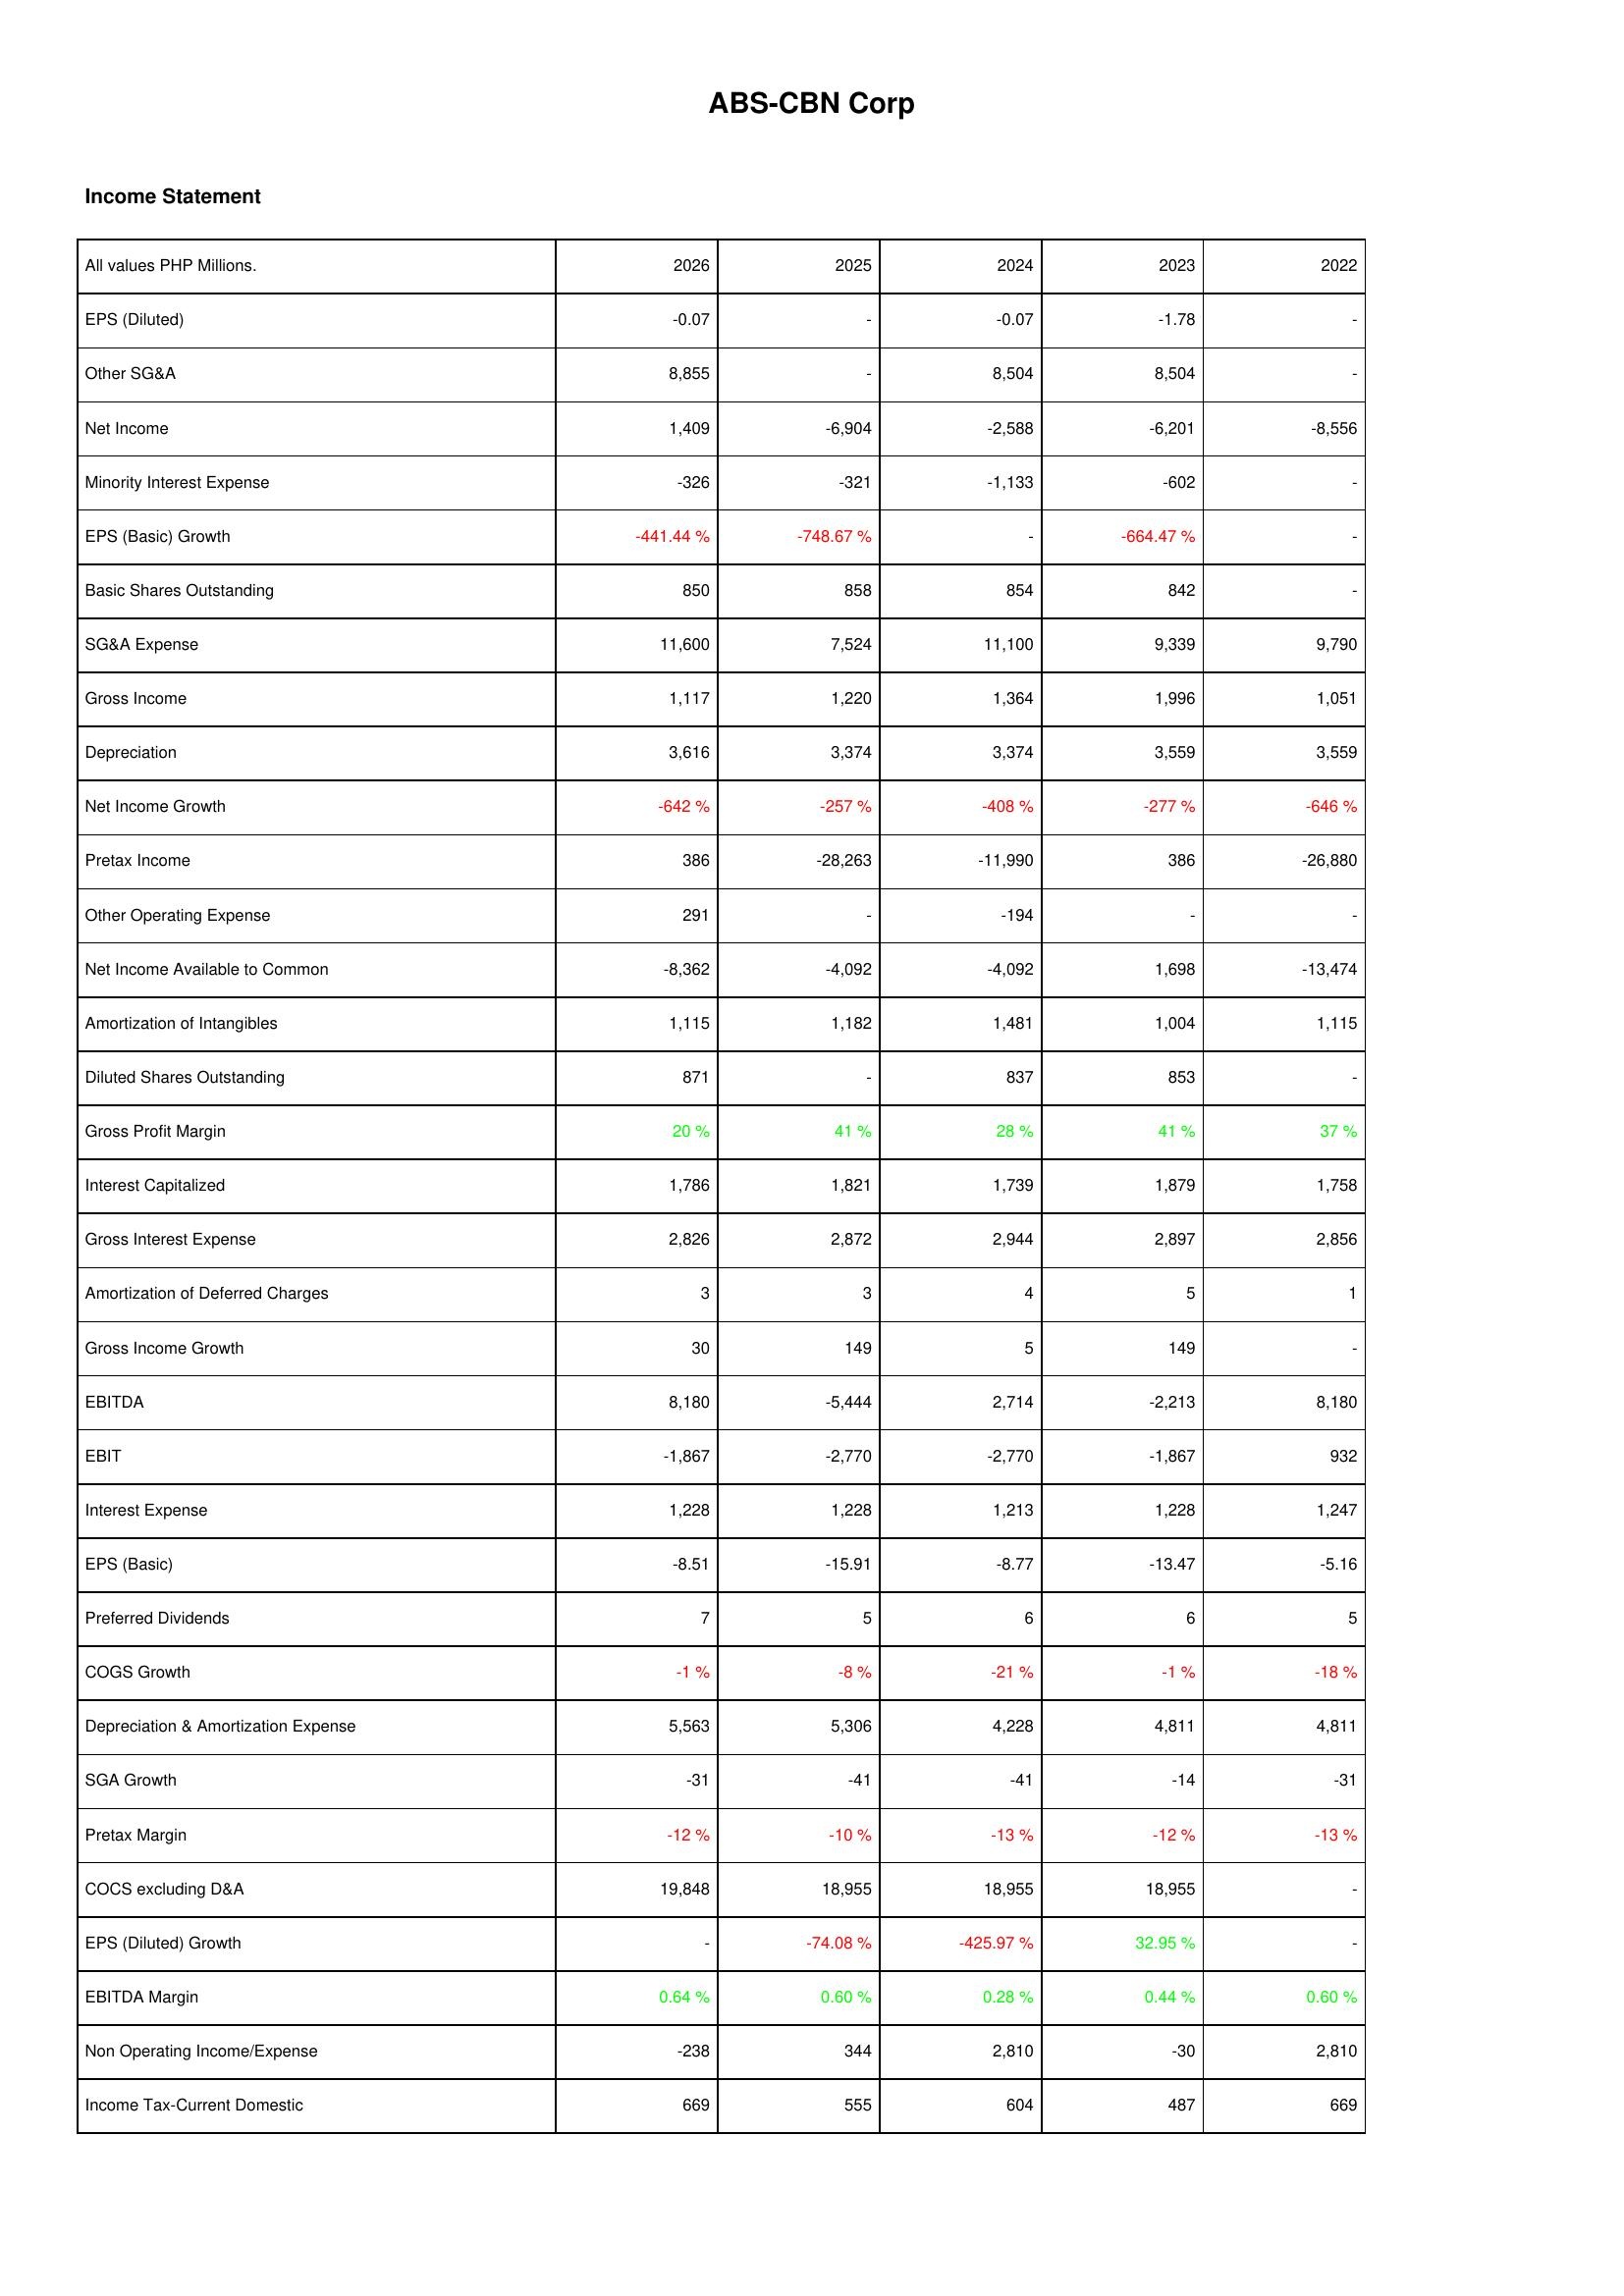
2026: Income Statement: EPS (Diluted): -0.07
Other SG&A: 8,855
Net Income: 1,409
Minority Interest Expense: -326
EPS (Basic) Growth: -441.44 %
Basic Shares Outstanding: 850
SG&A Expense: 11,600
Gross Income: 1,117
Depreciation: 3,616
Net Income Growth: -642 %
Pretax Income: 386
Other Operating Expense: 291
Net Income Available to Common: -8,362
Amortization of Intangibles: 1,115
Diluted Shares Outstanding: 871
Gross Profit Margin: 20 %
Interest Capitalized: 1,786
Gross Interest Expense: 2,826
Amortization of Deferred Charges: 3
Gross Income Growth: 30
EBITDA: 8,180
EBIT: -1,867
Interest Expense: 1,228
EPS (Basic): -8.51
Preferred Dividends: 7
COGS Growth: -1 %
Depreciation & Amortization Expense: 5,563
SGA Growth: -31
Pretax Margin: -12 %
COCS excluding D&A: 19,848
EPS (Diluted) Growth: -
EBITDA Margin: 0.64 %
Non Operating Income/Expense: -238
Income Tax-Current Domestic: 669
2025: Income Statement: EPS (Diluted): -
Other SG&A: -
Net Income: -6,904
Minority Interest Expense: -321
EPS (Basic) Growth: -748.67 %
Basic Shares Outstanding: 858
SG&A Expense: 7,524
Gross Income: 1,220
Depreciation: 3,374
Net Income Growth: -257 %
Pretax Income: -28,263
Other Operating Expense: -
Net Income Available to Common: -4,092
Amortization of Intangibles: 1,182
Diluted Shares Outstanding: -
Gross Profit Margin: 41 %
Interest Capitalized: 1,821
Gross Interest Expense: 2,872
Amortization of Deferred Charges: 3
Gross Income Growth: 149
EBITDA: -5,444
EBIT: -2,770
Interest Expense: 1,228
EPS (Basic): -15.91
Preferred Dividends: 5
COGS Growth: -8 %
Depreciation & Amortization Expense: 5,306
SGA Growth: -41
Pretax Margin: -10 %
COCS excluding D&A: 18,955
EPS (Diluted) Growth: -74.08 %
EBITDA Margin: 0.60 %
Non Operating Income/Expense: 344
Income Tax-Current Domestic: 555
2024: Income Statement: EPS (Diluted): -0.07
Other SG&A: 8,504
Net Income: -2,588
Minority Interest Expense: -1,133
EPS (Basic) Growth: -
Basic Shares Outstanding: 854
SG&A Expense: 11,100
Gross Income: 1,364
Depreciation: 3,374
Net Income Growth: -408 %
Pretax Income: -11,990
Other Operating Expense: -194
Net Income Available to Common: -4,092
Amortization of Intangibles: 1,481
Diluted Shares Outstanding: 837
Gross Profit Margin: 28 %
Interest Capitalized: 1,739
Gross Interest Expense: 2,944
Amortization of Deferred Charges: 4
Gross Income Growth: 5
EBITDA: 2,714
EBIT: -2,770
Interest Expense: 1,213
EPS (Basic): -8.77
Preferred Dividends: 6
COGS Growth: -21 %
Depreciation & Amortization Expense: 4,228
SGA Growth: -41
Pretax Margin: -13 %
COCS excluding D&A: 18,955
EPS (Diluted) Growth: -425.97 %
EBITDA Margin: 0.28 %
Non Operating Income/Expense: 2,810
Income Tax-Current Domestic: 604
2023: Income Statement: EPS (Diluted): -1.78
Other SG&A: 8,504
Net Income: -6,201
Minority Interest Expense: -602
EPS (Basic) Growth: -664.47 %
Basic Shares Outstanding: 842
SG&A Expense: 9,339
Gross Income: 1,996
Depreciation: 3,559
Net Income Growth: -277 %
Pretax Income: 386
Other Operating Expense: -
Net Income Available to Common: 1,698
Amortization of Intangibles: 1,004
Diluted Shares Outstanding: 853
Gross Profit Margin: 41 %
Interest Capitalized: 1,879
Gross Interest Expense: 2,897
Amortization of Deferred Charges: 5
Gross Income Growth: 149
EBITDA: -2,213
EBIT: -1,867
Interest Expense: 1,228
EPS (Basic): -13.47
Preferred Dividends: 6
COGS Growth: -1 %
Depreciation & Amortization Expense: 4,811
SGA Growth: -14
Pretax Margin: -12 %
COCS excluding D&A: 18,955
EPS (Diluted) Growth: 32.95 %
EBITDA Margin: 0.44 %
Non Operating Income/Expense: -30
Income Tax-Current Domestic: 487
2022: Income Statement: EPS (Diluted): -
Other SG&A: -
Net Income: -8,556
Minority Interest Expense: -
EPS (Basic) Growth: -
Basic Shares Outstanding: -
SG&A Expense: 9,790
Gross Income: 1,051
Depreciation: 3,559
Net Income Growth: -646 %
Pretax Income: -26,880
Other Operating Expense: -
Net Income Available to Common: -13,474
Amortization of Intangibles: 1,115
Diluted Shares Outstanding: -
Gross Profit Margin: 37 %
Interest Capitalized: 1,758
Gross Interest Expense: 2,856
Amortization of Deferred Charges: 1
Gross Income Growth: -
EBITDA: 8,180
EBIT: 932
Interest Expense: 1,247
EPS (Basic): -5.16
Preferred Dividends: 5
COGS Growth: -18 %
Depreciation & Amortization Expense: 4,811
SGA Growth: -31
Pretax Margin: -13 %
COCS excluding D&A: -
EPS (Diluted) Growth: -
EBITDA Margin: 0.60 %
Non Operating Income/Expense: 2,810
Income Tax-Current Domestic: 669